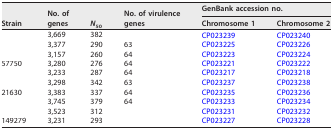
<table><thead><tr><td rowspan="2"><b>Strain</b></td><td rowspan="2"><b>No. of genes</b></td><td rowspan="2"><b><i>N</i><sub>50</sub></b></td><td rowspan="2"><b>No. of virulence genes</b></td><td colspan="2"><b>GenBank accession no.</b></td></tr><tr><td><b>Chromosome 1</b></td><td><b>Chromosome 2</b></td></tr></thead><tbody><tr><td>[EMPTY_CELL]</td><td>3,669</td><td>382</td><td>[EMPTY_CELL]</td><td>CP023239</td><td>CP023240</td></tr><tr><td>[EMPTY_CELL]</td><td>3,377</td><td>290</td><td>63</td><td>CP023225</td><td>CP023226</td></tr><tr><td>[EMPTY_CELL]</td><td>3,157</td><td>260</td><td>64</td><td>CP023223</td><td>CP023224</td></tr><tr><td>57750</td><td>3,280</td><td>276</td><td>64</td><td>CP023221</td><td>CP023222</td></tr><tr><td>[EMPTY_CELL]</td><td>3,233</td><td>287</td><td>64</td><td>CP023217</td><td>CP023218</td></tr><tr><td>[EMPTY_CELL]</td><td>3,298</td><td>342</td><td>63</td><td>CP023237</td><td>CP023238</td></tr><tr><td>21630</td><td>3,383</td><td>337</td><td>64</td><td>CP023235</td><td>CP023236</td></tr><tr><td>[EMPTY_CELL]</td><td>3,745</td><td>379</td><td>64</td><td>CP023233</td><td>CP023234</td></tr><tr><td>[EMPTY_CELL]</td><td>3,523</td><td>312</td><td>[EMPTY_CELL]</td><td>CP023231</td><td>CP023232</td></tr><tr><td>149279</td><td>3,231</td><td>293</td><td>[EMPTY_CELL]</td><td>CP023227</td><td>CP023228</td></tr></tbody></table>